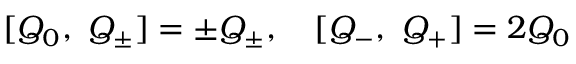
[ Q _ { 0 } , \ Q _ { \pm } ] = \pm Q _ { \pm } , \quad [ Q _ { - } , \ Q _ { + } ] = 2 Q _ { 0 }